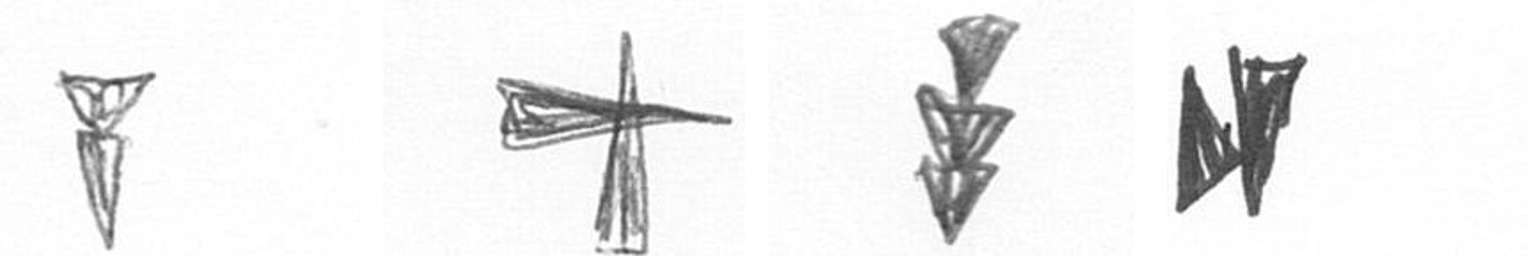
Z G E M